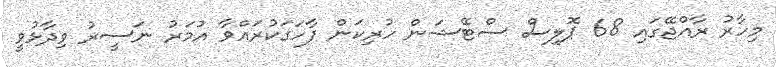
މިހާރު ރާއްޖޭގައި 68 ޕޮލިސް ސްޓޭޝަން ހުރިކަން ފާހަގަކުރައްވާ އުމަރު ނަސީރު ވިދާޅުވީ